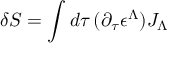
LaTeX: \delta S = \int d \tau \, ( \partial _ { \tau } \epsilon ^ { \Lambda } ) J _ { \Lambda }